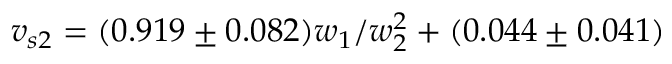
v _ { s 2 } = ( 0 . 9 1 9 \pm 0 . 0 8 2 ) w _ { 1 } / w _ { 2 } ^ { 2 } + ( 0 . 0 4 4 \pm 0 . 0 4 1 )